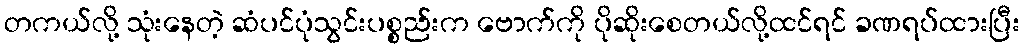
တကယ်လို့ သုံးနေတဲ့ ဆံပင်ပုံသွင်းပစ္စည်းက ဗောက်ကို ပိုဆိုးစေတယ်လို့ထင်ရင် ခဏရပ်ထားပြီး